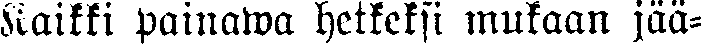
Kaikki painawa hetkeksi mukaan jää-